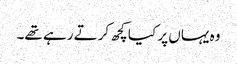
وہ یہاں پر کیا کچھ کرتے رہے تھے۔